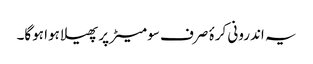
یہ اندرونی کرۂ صرف سو میٹر پر پھیلا ہوا ہوگا۔